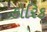
કોરિક